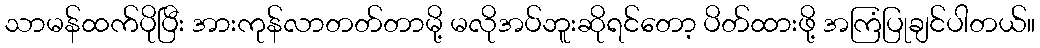
သာမန်ထက်ပိုပြီး အားကုန်လာတတ်တာမို့ မလိုအပ်ဘူးဆိုရင်တော့ ပိတ်ထားဖို့ အကြံပြုချင်ပါတယ်။